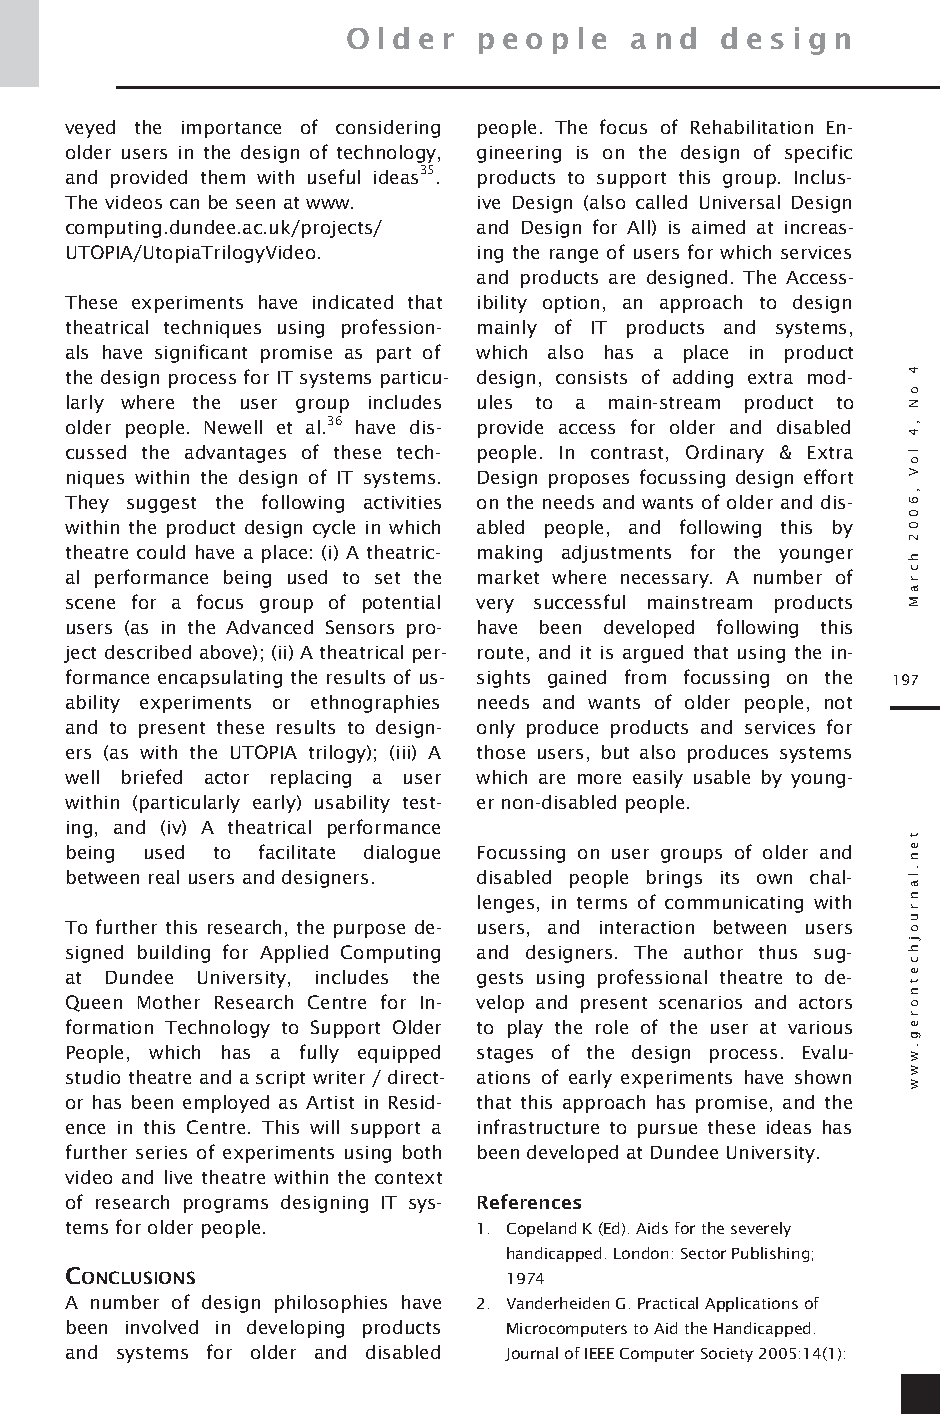
O ld e r p e op le an d  d e s ig n
 veyed the importance of considering people. The focus of Rehabilitation En-
 older users in the design of technology, gineering is on the design of specific
 and provided them with useful ideas35. products to support this group. Inclus-
 The videos can be seen at www. ive Design (also called Universal Design
 computing.dundee.ac.uk/projects/ and Design for All) is aimed at increas-
 UTOPIA/UtopiaTrilogyVideo. ing the range of users for which services
 and products are designed. The Access-
 These experiments have indicated that ibility option, an approach to design
 theatrical techniques using profession- mainly of IT products and systems,
 als have significant promise as part of which also has a place in product
 the design process for IT systems particu- design, consists of adding extra mod-
 larly where the user group includes ules to a main-stream product to
 older people. Newell et al.36 have dis- provide access for older and disabled
 cussed the advantages of these tech- people. In contrast, Ordinary & Extra
 niques within the design of IT systems. Design proposes focussing design effort
 They suggest the following activities on the needs and wants of older and dis-
 within the product design cycle in which abled people, and following this by
 theatre could have a place: (i) A theatric- making adjustments for the younger
 al performance being used to set the market where necessary. A number of
 scene for a focus group of potential very successful mainstream products
 users (as in the Advanced Sensors pro- have been developed following this
 ject described above); (ii) A theatrical per- route, and it is argued that using the in-
 formance encapsulating the results of us- sights gained from focussing on the 197
 ability experiments or ethnographies needs and wants of older people, not
 and to present these results to design- only produce products and services for
 ers (as with the UTOPIA trilogy); (iii) A those users, but also produces systems
 well briefed actor replacing a user which are more easily usable by young-
 within (particularly early) usability test- er non-disabled people.
 ing, and (iv) A theatrical performance
 being used to facilitate dialogue Focussing on user groups of older and
 between real users and designers. disabled people brings its own chal-
 lenges, in terms of communicating with
 To further this research, the purpose de- users, and interaction between users
 signed building for Applied Computing and designers. The author thus sug-
 at Dundee University, includes the gests using professional theatre to de-
 Queen Mother Research Centre for In- velop and present scenarios and actors
 formation Technology to Support Older to play the role of the user at various
 People, which has a fully equipped stages of the design process. Evalu-
 studio theatre and a script writer / direct- ations of early experiments have shown
 or has been employed as Artist in Resid- that this approach has promise, and the
 ence in this Centre. This will support a infrastructure to pursue these ideas has
 further series of experiments using both been developed at Dundee University.
 video and live theatre within the context
 of research programs designing IT sys- References
 tems for older people.     1. Copeland K (Ed). Aids for the severely
 handicapped. London: Sector Publishing;
 CONCLUSIONS                  1974
 A number of design philosophies have 2. Vanderheiden G. Practical Applications of
 been involved in developing products Microcomputers to Aid the H andicapped.
 and systems for older and disabled Journal of IEEE Computer Society 2005:14(1):
 4
 oN
 ,4
 loV
 ,6002
 hcraM
 t
 en.lanruoj
 hc
 etnor
 eg.www